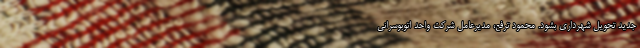
جدید تحویل شهرداری بشود. محمود ترفع، مدیرعامل شرکت واحد اتوبوسرانی